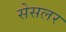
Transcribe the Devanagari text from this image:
सेसलर